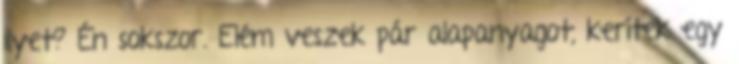
ilyet? Én sokszor. Elém veszek pár alapanyagot, kerítek egy